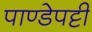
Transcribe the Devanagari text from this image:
पाण्डेपट्टी